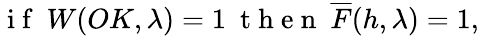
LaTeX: \mathrm{~i~f~}\ W(OK,\lambda)=1\ \mathrm{~t~h~e~n~}\ \overline{{F}}(h,\lambda)=1,